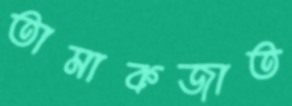
তামাকজাত